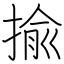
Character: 揄